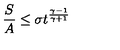
\frac { S } { A } \leq \sigma t ^ { \frac { \gamma - 1 } { \gamma + 1 } }